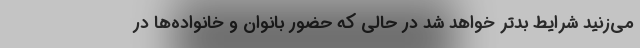
می‌زنید شرایط بدتر خواهد شد در حالی که حضور بانوان و خانواده‌ها در